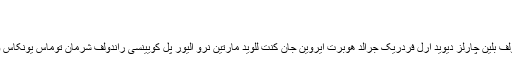
بلندترین نام جهان | حقیقت خاموش
برچسب: بلندترین نام جهان
طولانی ترین نام جهان متعلق به ” ادولف بلین چارلز دیوید ارل فردریک جرالد هوبرت ایروین جان کنت للوید مارتین نرو الیور پل کویینسی راندولف شرمان توماس یونکاس ویکتور ویلیام زرکس یانکی زئوس...